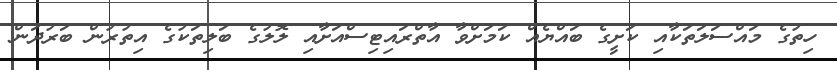
ހިތުގެ މައްސަލަތަކާއި ކަށީގެ ބައްޔެއް ކަަމަށްވާ އާތްރައިޓިސްއަށާއި ލޮލުގެ ބަލިތަކުގެ އިތުރުން ބަރުދަން